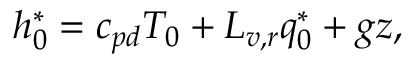
h _ { 0 } ^ { * } = c _ { p d } T _ { 0 } + L _ { v , r } q _ { 0 } ^ { * } + g z ,